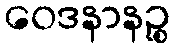
ဝေဒနာနဉ္စ